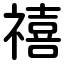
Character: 禧